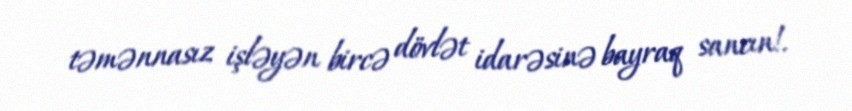
təmənnasız işləyən bircə dövlət idarəsinə bayraq sancın!.